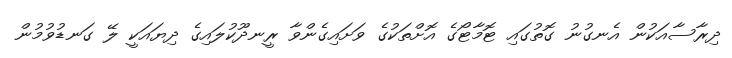
ދިރާސާއަކުން އެނގުނު ގޮތުގައި ޓޮމާޓޯގެ އޮށްތަކުގެ ވަށައިގެންވާ ރީނދޫކުލައިގެ ދިޔައަކީ ލޭ ގަނޑުވުމުން